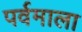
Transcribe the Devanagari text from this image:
पर्वमाला